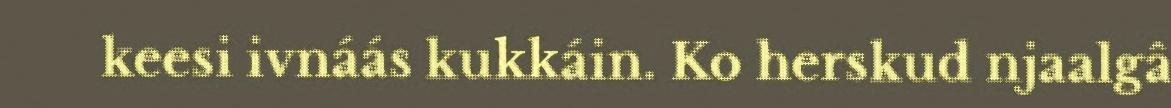
keesi ivnáás kukkáin. Ko herskud njaalgâ